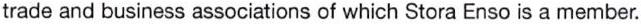
trade and business associations of which Stora Enso is a member.